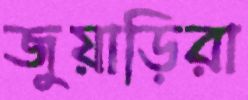
জুয়াড়িরা